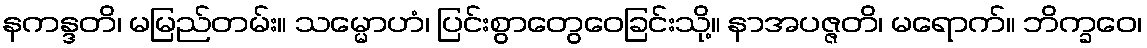
နကန္ဒတိ၊ မမြည်တမ်း။ သမ္မောဟံ၊ ပြင်းစွာတွေဝေခြင်းသို့။ နာအပဇ္ဇတိ၊ မရောက်။ ဘိက္ခဝေ၊